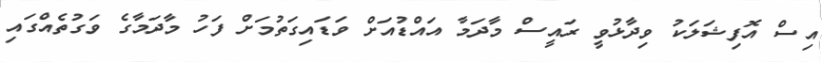
އިސް އޮފިޝަލަކު ވިދާޅުވީ ރައީސް މާދަމާ އައްޑުއަށް ވަޑައިގަތުމަށް ފަހު މާދަމާގެ ވަގުތެއްގައި